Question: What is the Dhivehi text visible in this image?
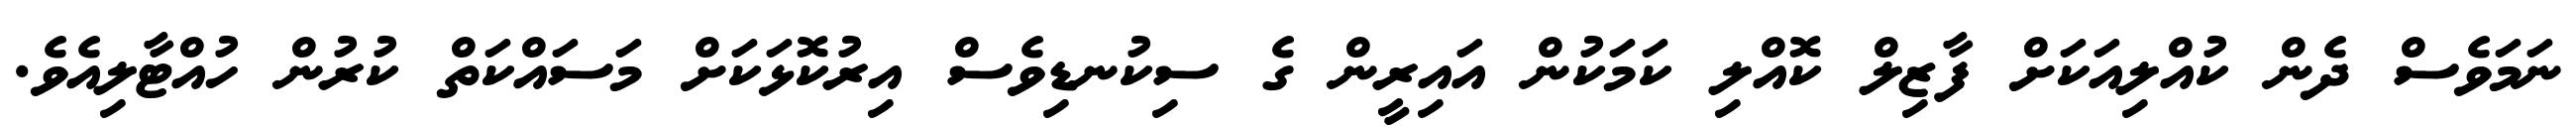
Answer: ނަމަވެސް ދެން ކުއްލިއަކަށް ފާޒިލް ކޮއްލި ކަމަކުން އައިރީން ގެ ސިކުނޑިވެސް އިރުކޮޅަކަށް މަސައްކަތް ކުރުން ހުއްޓާލިއެވެ.